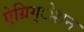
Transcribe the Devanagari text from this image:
ऐग्रिग्‌ेशन